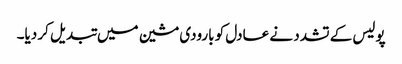
پولیس کے تشدد نے عادل کو بارودی مشین میں تبدیل کر دیا۔